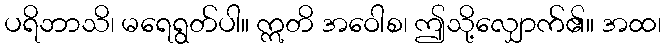
ပရိဘာသိ၊ မရေရွတ်ပါ။ ဣတိ အဝေါစ၊ ဤသို့လျှောက်၏။ အထ၊